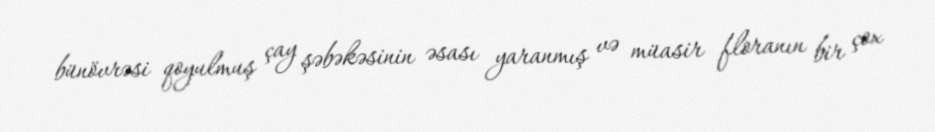
bünövrəsi qoyulmuş çay şəbəkəsinin əsası yaranmış və müasir floranın bir çox